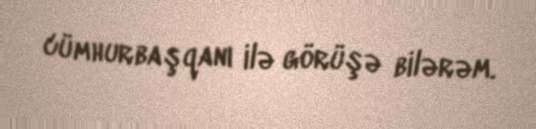
cümhurbaşqanı ilə görüşə bilərəm.